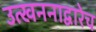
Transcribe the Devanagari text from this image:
उत्खननाद्वारेच